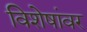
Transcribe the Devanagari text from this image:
विशेषांवर